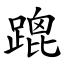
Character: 䠘